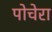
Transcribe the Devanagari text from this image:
पोचेरा